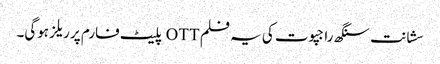
سشانت سنگھ راجپوت کی یہ فلم OTT پلیٹ فارم پر ریلز ہوگی۔